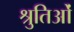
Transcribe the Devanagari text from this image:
श्रुतिओं